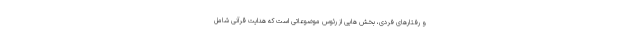
و رفتارهای فردی، بخش هایی از رئوس موضوعاتی است که هدایت قرآنی شامل